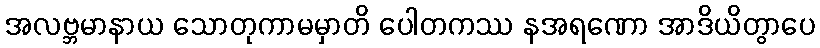
အလဗ္ဘမာနာယ သောတုကာမမှာတိ ပေါတကဿ နအရဏော အာဒိယိတွာပေ